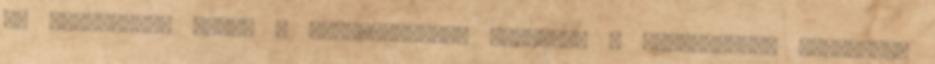
és kíváncsian várom a fejleményeket Köszönöm a jótanácsot. Igyekszem